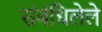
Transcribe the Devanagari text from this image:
संबंधिलेले